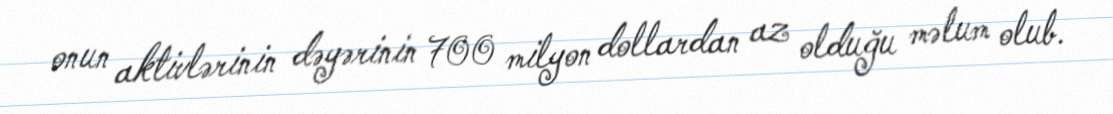
onun aktivlərinin dəyərinin 700 milyon dollardan az olduğu məlum olub.